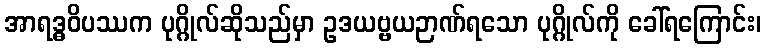
အာရဒ္ဓဝိပဿက ပုဂ္ဂိုလ်ဆိုသည်မှာ ဥဒယဗ္ဗယဉာဏ်ရသော ပုဂ္ဂိုလ်ကို ခေါ်ရကြောင်း၊